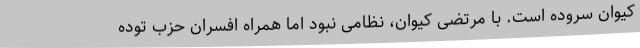
کیوان سروده است. با مرتضی کیوان، نظامی نبود اما همراه افسران حزب توده